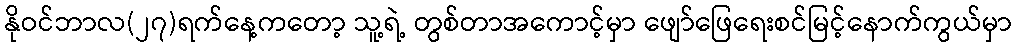
နိုဝင်ဘာလ(၂၇)ရက်နေ့ကတော့ သူ့ရဲ့ တွစ်တာအကောင့်မှာ ဖျော်ဖြေရေးစင်မြင့်နောက်ကွယ်မှာ